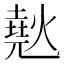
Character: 𰟞